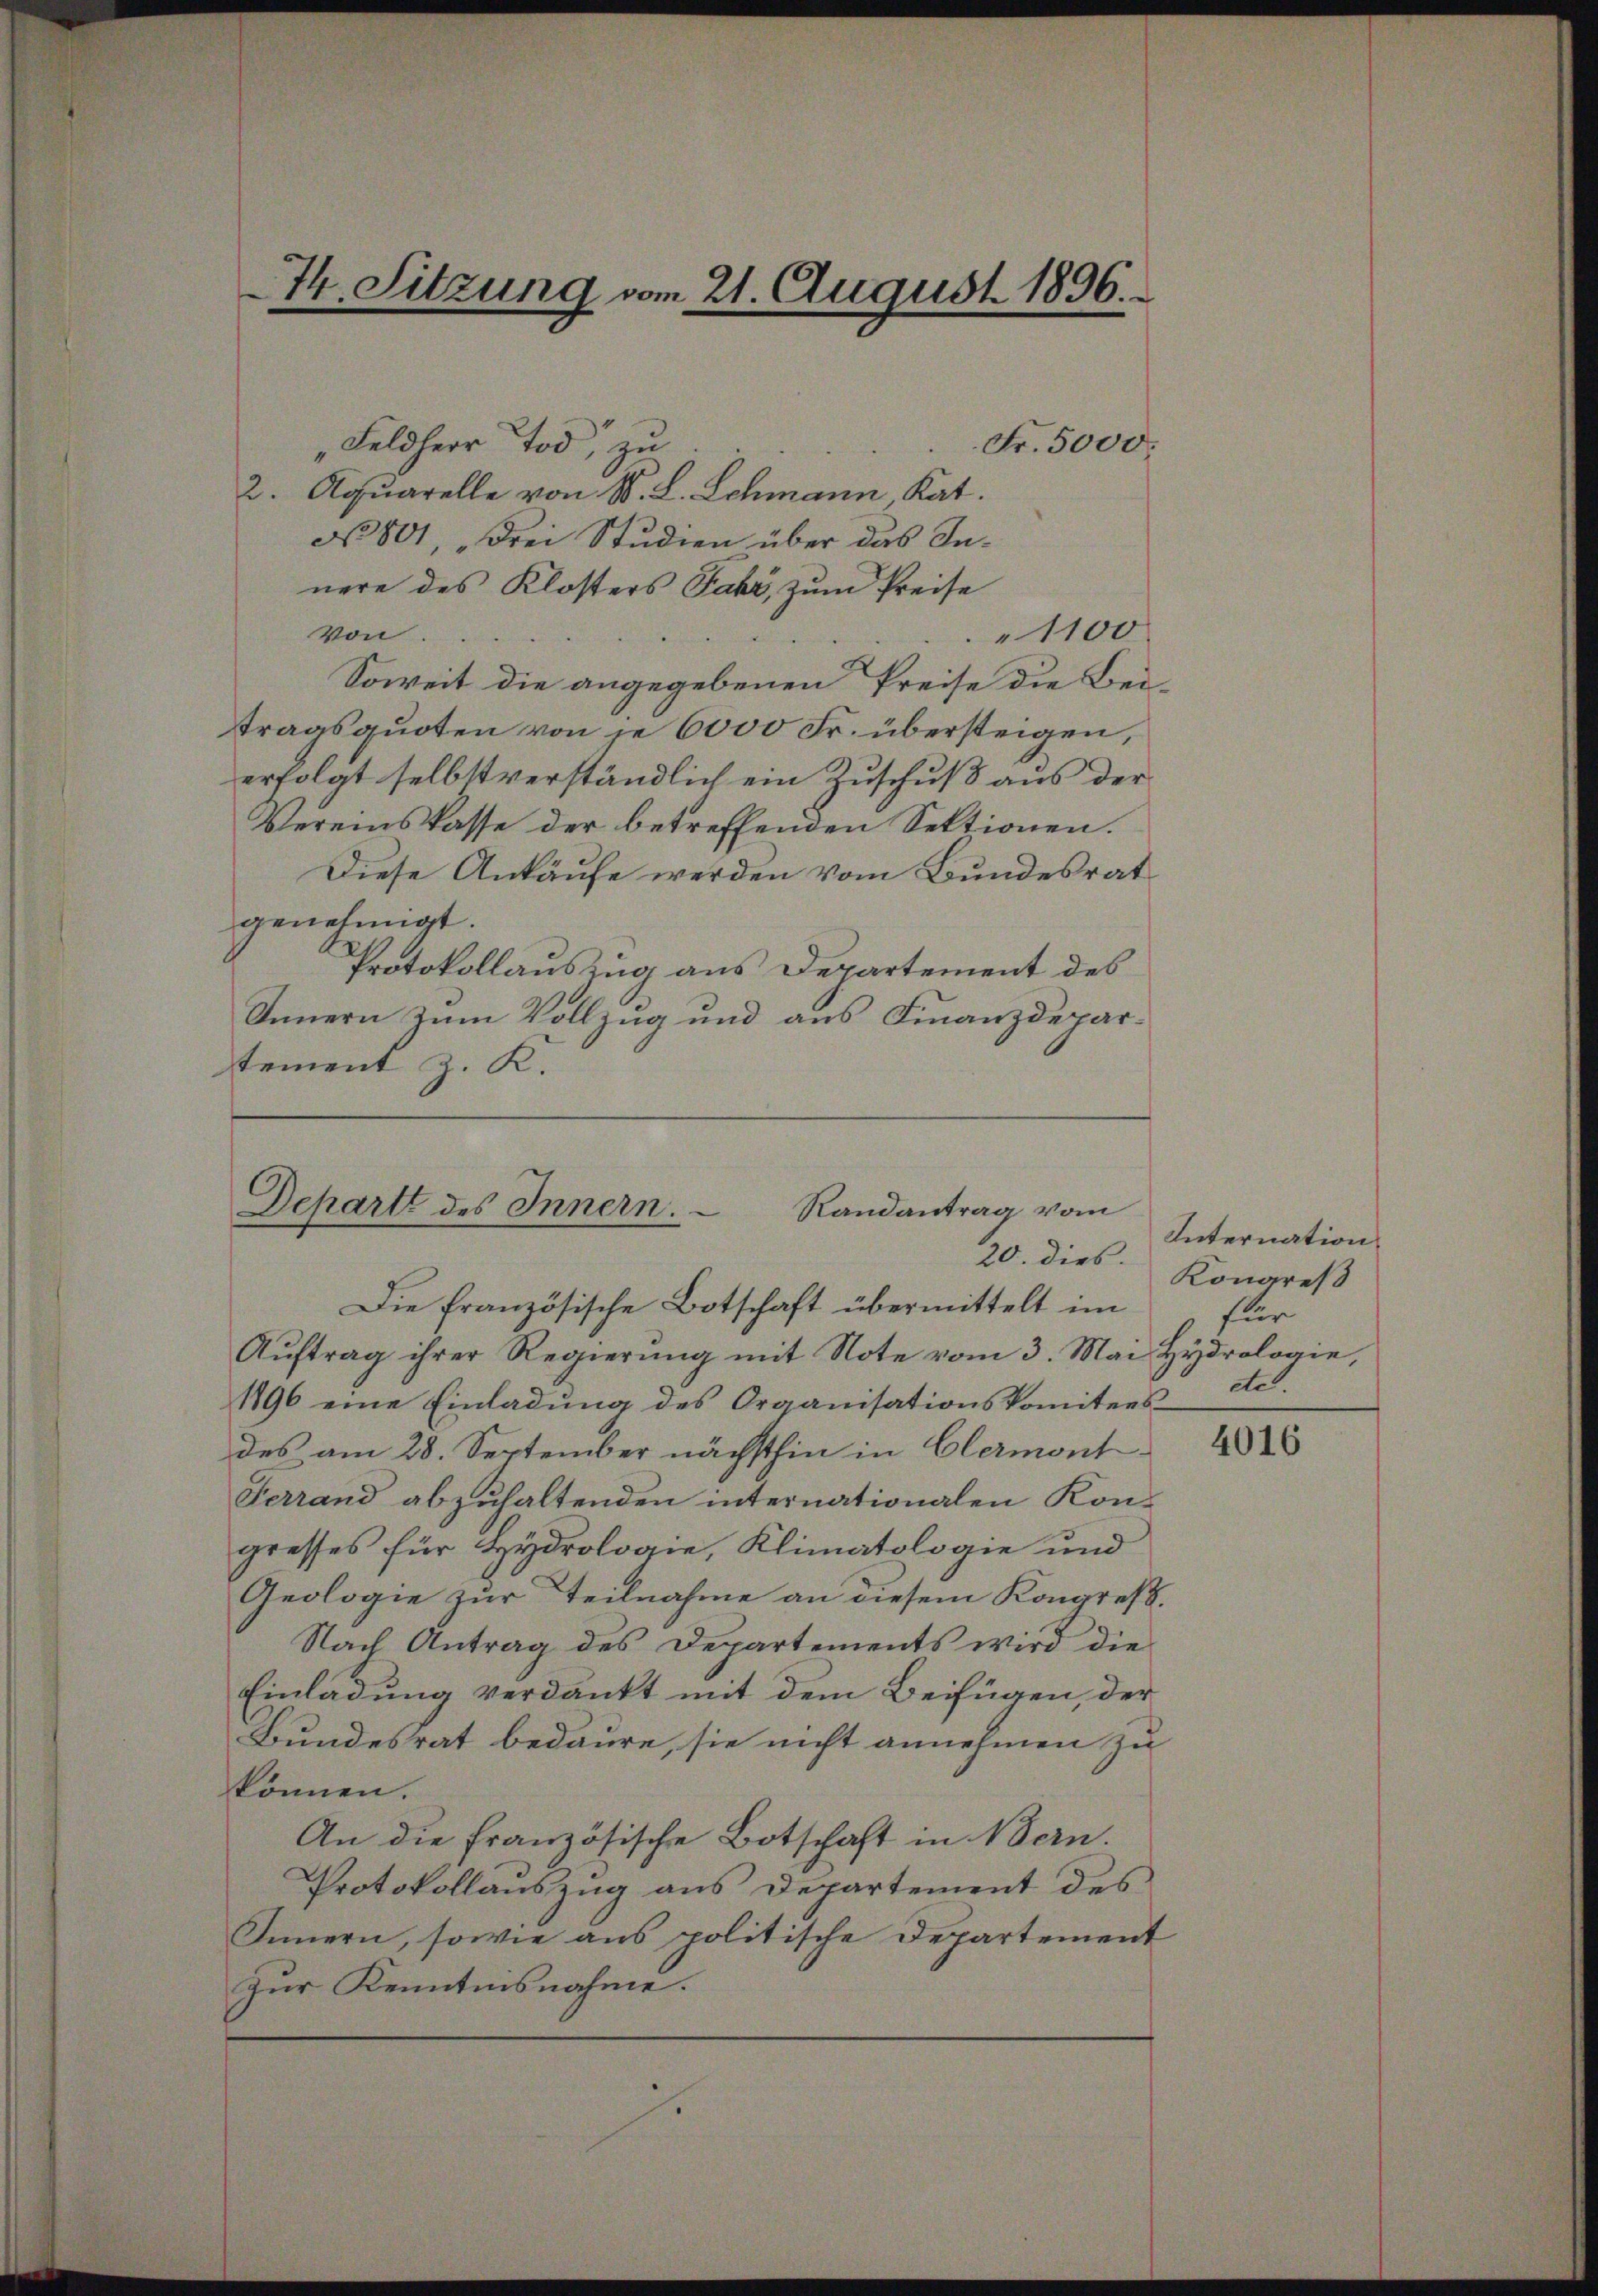
„Feldherr Tod, zu
2. Aquarelle von W. L. Schmann Kat
No 801, drei Studien über das Innere des Klosters Jahr, zum Preise
von...
1100
Soweit die angegebenen Preise die Bei-
ttragsquoten von ie 6000 Fr. übersteigen,
erfolgt selbst verständlich ein Zuschuß aus der
Vereinskasse der betreffenden Sektionen.
Diese Ankäufe werden vom Bundesrat
genehmigt.
Protokollauszug aus Departement des
Innern zum Vollzug und aus Finanzdepartement z. K.

74. Sitzung vom 21. August 1896.
e

Departt des Innern.
Randantrag vom
20. dies

Die französische Botschaft übermittelt im
Aŭftrag ihrer Regierŭng mit Note vom 3. Mai Hydrologie,
1896 eine Einladung des Organisationskomitees
des am 28. September nächsthin in Clermont
Ferrand abzuhaltenden internationalen Kon-
gresses für Hydrologie, Klimatologie und
Geologie zur Teilnahme an diesem Kongresp.
Nach Antrag des Departements wird die
Einladung verdankt mit dem Beifügen, der
Bundesrat bedaure, sie nicht annehmen zu
können.
An die französische Botschaft in Bern.
Protokollauszug aus Departement des
Innern, sowie aus politische Departement
Zur Kenntnisnahme.

Fr. 5000.

Internation
Kongreß
für
de.

4016